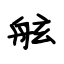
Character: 舷